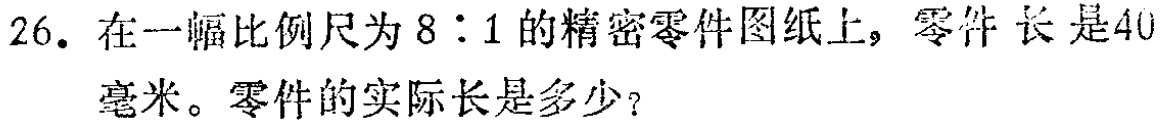
26. 在一幅比例尺为 \(8:1\) 的精密零件图纸上，零件长是40毫米。零件的实际长是多少？